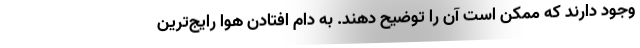
وجود دارند که ممکن است آن را توضیح دهند. به دام افتادن هوا رایج‌ترین